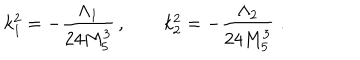
k _ { 1 } ^ { 2 } = - \frac { \Lambda _ { 1 } } { 2 4 M _ { 5 } ^ { 3 } } \, , \qquad k _ { 2 } ^ { 2 } = - \frac { \Lambda _ { 2 } } { 2 4 M _ { 5 } ^ { 3 } } \; .